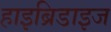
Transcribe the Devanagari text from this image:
हाइब्रिडाइज